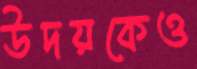
উদয়কেও